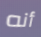
أنه